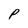
Character: P